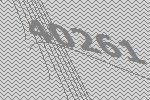
40261